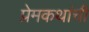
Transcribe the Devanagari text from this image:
प्रेमकथांची